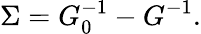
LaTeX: \Sigma=G_{0}^{-1}-G^{-1}.